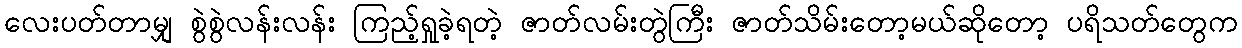
လေးပတ်တာမျှ စွဲစွဲလန်းလန်း ကြည့်ရှုခဲ့ရတဲ့ ဇာတ်လမ်းတွဲကြီး ဇာတ်သိမ်းတော့မယ်ဆိုတော့ ပရိသတ်တွေက